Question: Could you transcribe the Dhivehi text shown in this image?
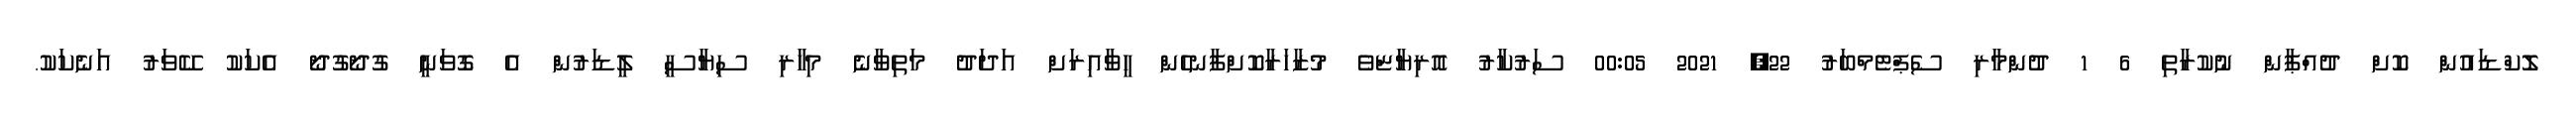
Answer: ލޮކްޑައުން ކޮށް ދުއްޕާން ނުކުރާތި 6 1 ދުންމާރި ސެޕްޓެމްބަރު 22, 2021 00:05 ސަރުކާރު އޮރިޔާޏްވެ މުޒާހަރާކޮށްފާނހެން ހީވާއިރަށް އަދަދު މަތިވާނެ މިހާރި ސިޔާސީ ލީޑަރުން އެ ގޮވަނީ ގުދޯގުދޯ އެކަކު ކޭވަރު އަނެކަކު.